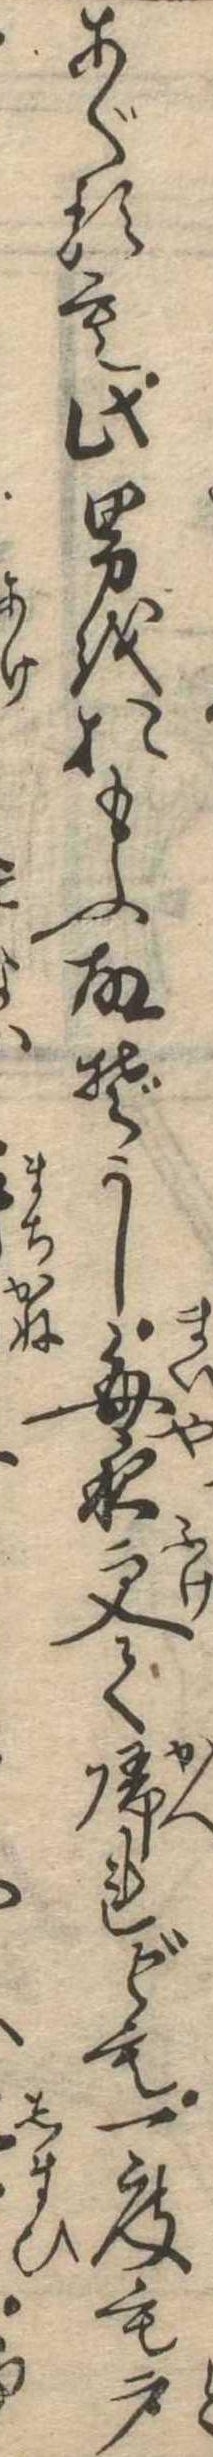
あぐるも此男をおもふ故ぞかし毎夜更て帰れども一度も戸